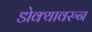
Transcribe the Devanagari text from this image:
डोक्यावरुन